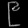
Digit: ၉